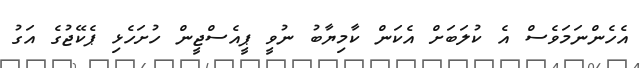
އެހެންނަމަވެސް އެ ކުލަބަށް އެކަން ކާމިޔާބު ނުވީ ޕީއެސްޖީން ހުށަހެޅި ޕެކޭޖުގެ އަގު